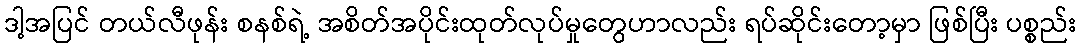
ဒါ့အပြင် တယ်လီဖုန်း စနစ်ရဲ့ အစိတ်အပိုင်းထုတ်လုပ်မှုတွေဟာလည်း ရပ်ဆိုင်းတော့မှာ ဖြစ်ပြီး ပစ္စည်း